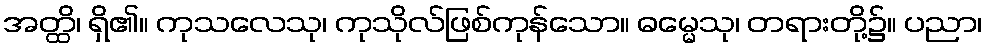
အတ္ထိ၊ ရှိ၏။ ကုသလေသု၊ ကုသိုလ်ဖြစ်ကုန်သော။ ဓမ္မေသု၊ တရားတို့၌။ ပညာ၊